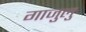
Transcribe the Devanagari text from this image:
गाजुलु